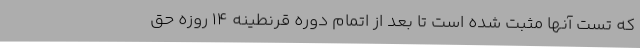
که تست آنها مثبت شده است تا بعد از اتمام دوره قرنطینه ۱۴ روزه حق